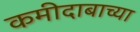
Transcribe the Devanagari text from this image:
कमीदाबाच्या